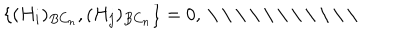
\{ ( H _ { i } ) _ { B C _ { n } } , ( H _ { j } ) _ { B C _ { n } } \} = 0 , \mathrm { ~ \ \ \ ~ }